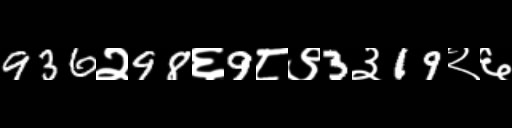
Text: 936२98६9८९3३19२६